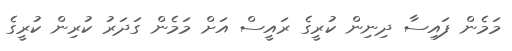
މަމެން ފައިސާ ދިނިން ކުރީގެ ރައީސް އަށް މަމެން ގަދަރު ކުރިން ކުރީގެ